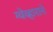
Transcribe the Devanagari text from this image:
ग्वेव्हाराने